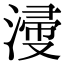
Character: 𣹰